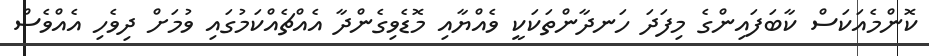
ކޮންމެއަކަސް ކާބަފައިންގެ މިފަދަ ހަނދާންތަކަކީ ވެއްޔާއި މޮޑެވިގެންދާ އެއްޗެއްކަމުގައި ވުމަށް ދިވެހި އެއްވެސް